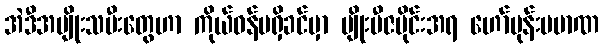
အဲဒီအမျိုးသမီးတွေဟာ ကိုယ်ဝန်မရှိခင်မှာ မျိုးဗီဇပိုင်းအရ ဟော်မုန်းပမာဏ